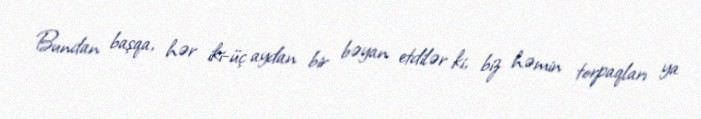
Bundan başqa, hər iki-üç aydan bir bəyan etdilər ki, biz həmin torpaqları ya